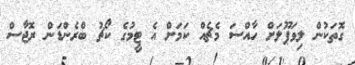
ގޮތަކުން ލިވަޕޫލަށް ހާއްސަ މެޗެއް ކަމަށް އެ ޓީމުގެ ކޯޗު ބްރެންޑަން ރޮޖާސް